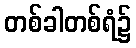
တစ်ခါတစ်ရံ၌